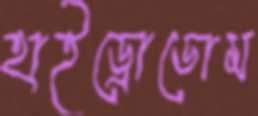
হাইড্রোডোম